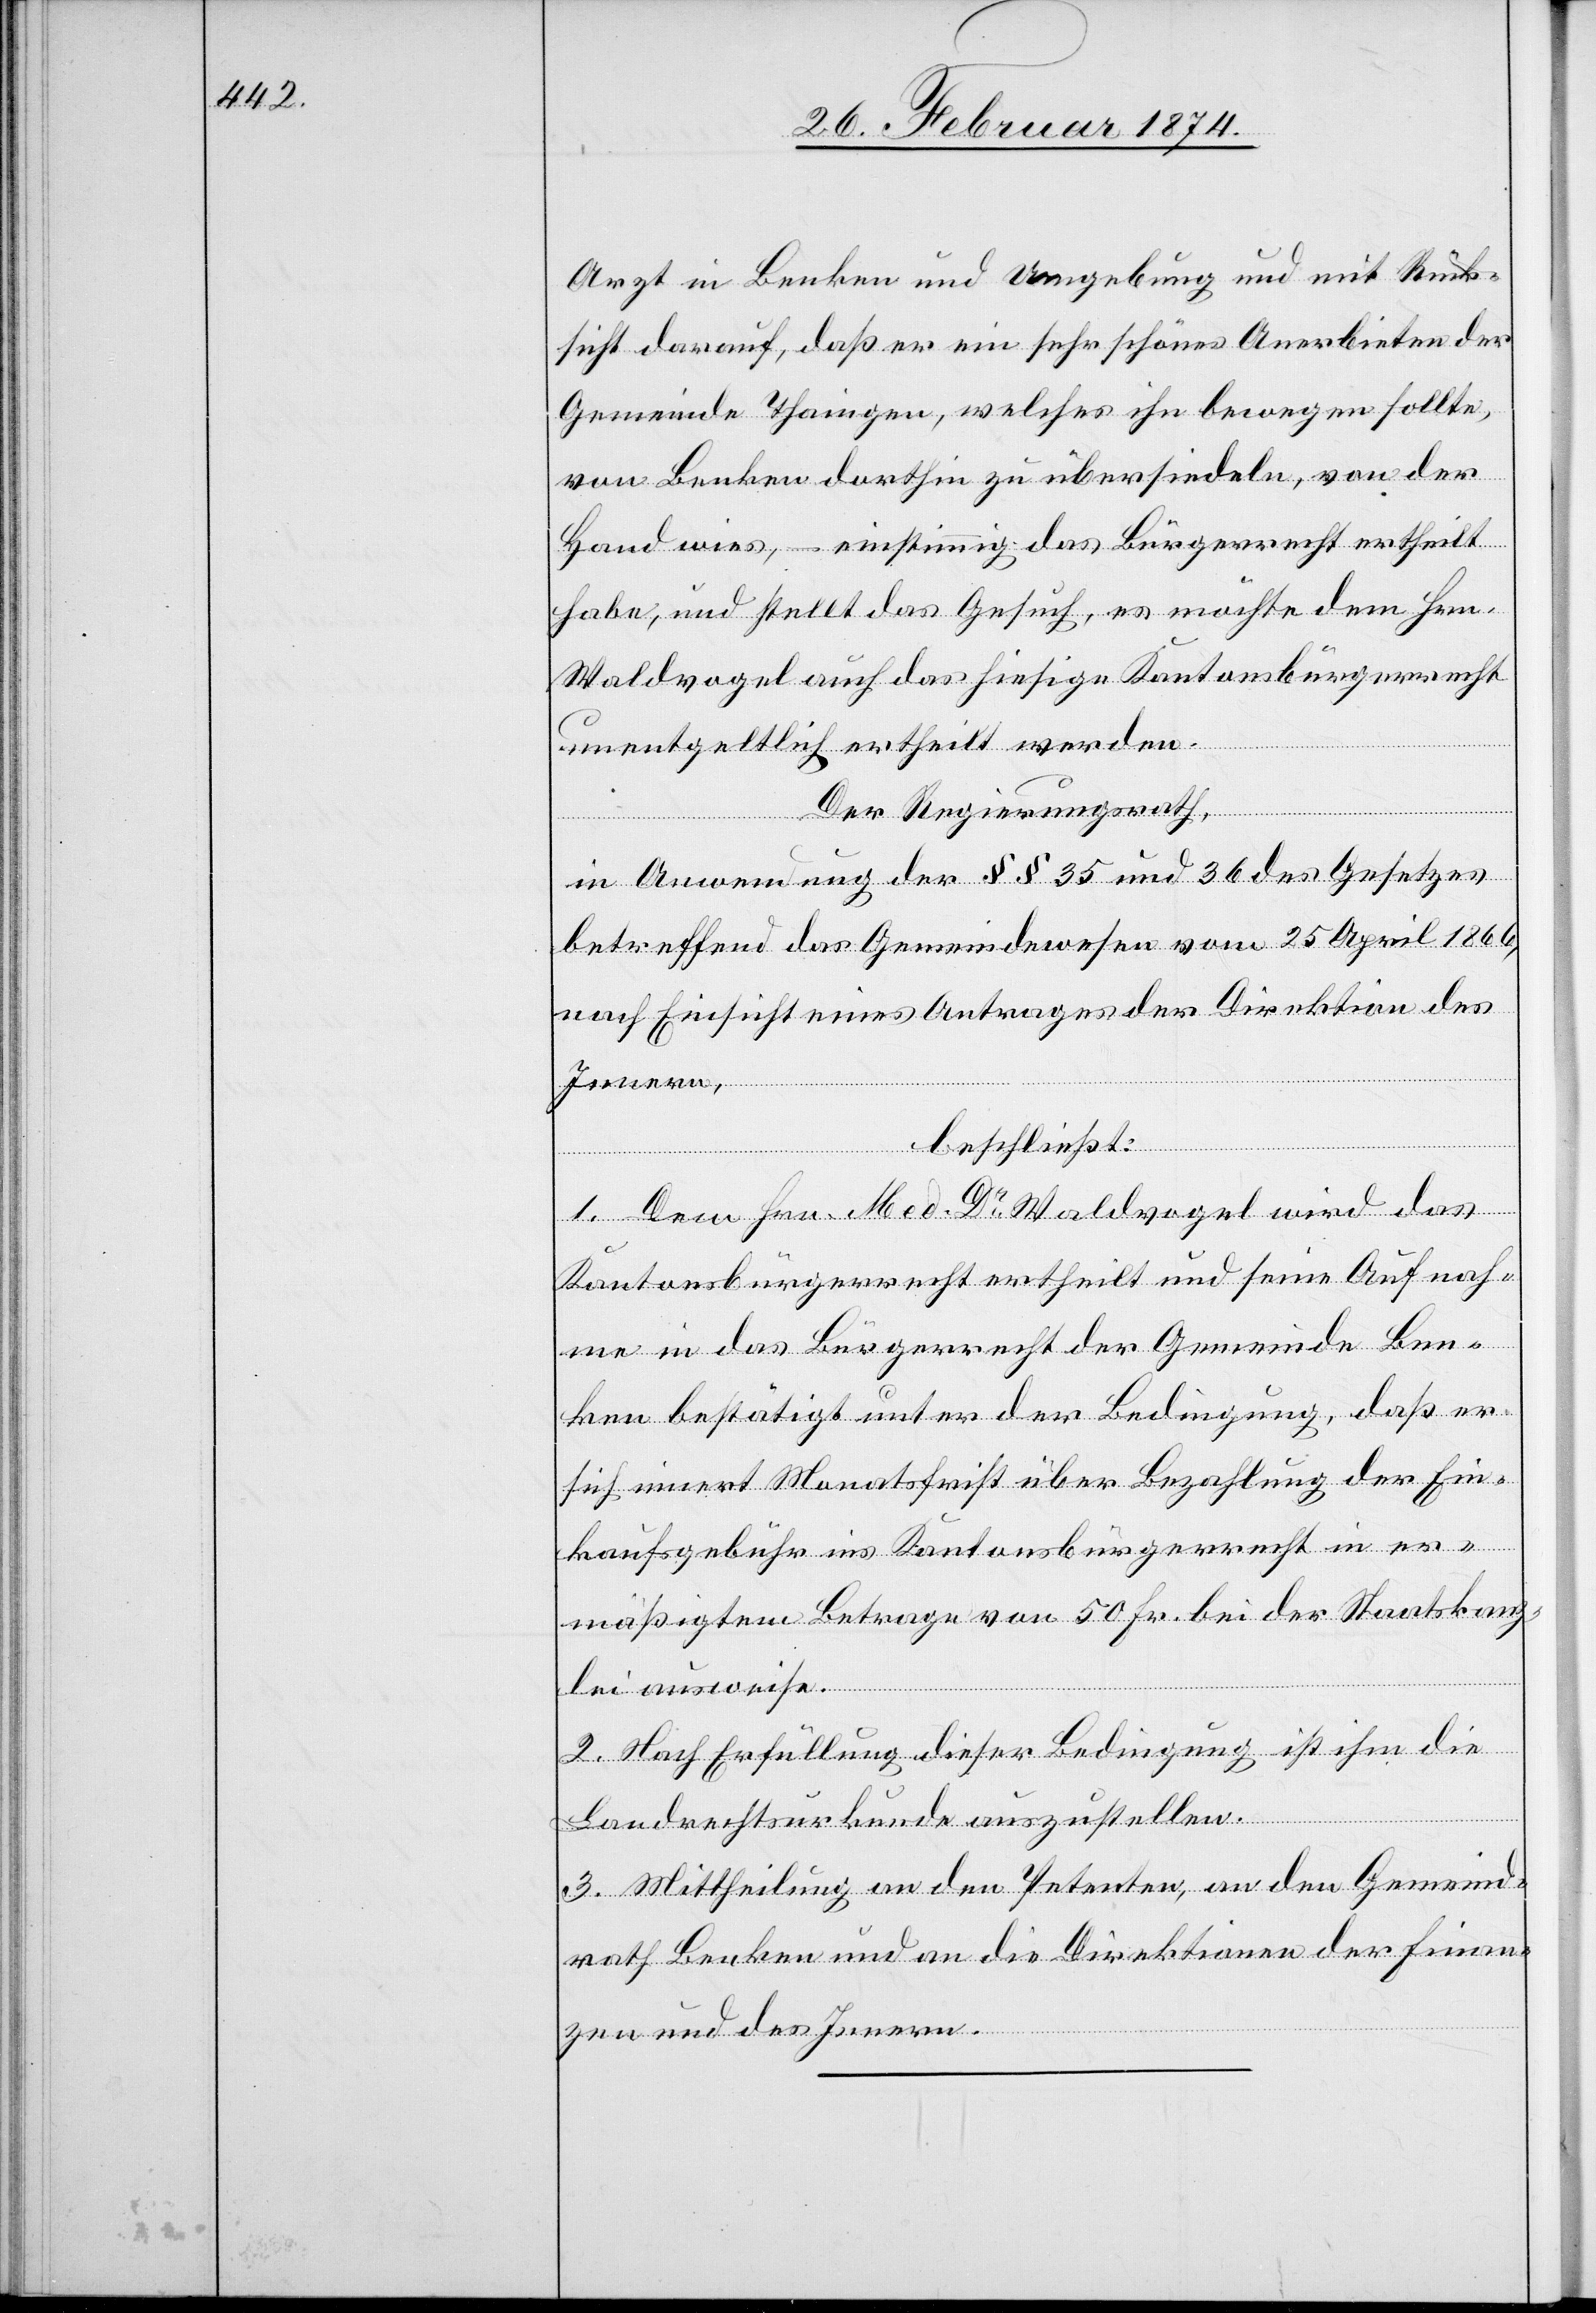
Arzt in Benken und Umgebung und mit Rück¬
sicht darauf, daß er ein sehr schönes Anerbieten der
Gemeinde Thaingen, welches ihn bewegen sollte,
von Benken dorthin zu übersiedeln, von der
Hand wies, – einstimmig das Bürgerrecht ertheilt
habe, und stellt das Gesuch, es möchte dem Hrn.
Waldvogel auch das hiesige Kantonsbürgerrecht
unentgeltlich ertheilt werden.
Der Regierungsrath,
in Anwendung der §§ 35 und 36 des Gesetzes
betreffend das Gemeindwesen vom 25. April 1866,
nach Einsicht eines Antrages der Direktion des
Innern,
beschließt:
1. Dem Hrn. Med. Dr. Waldvogel wird das
Kantonsbürgerrecht ertheilt und seine Aufnah¬
me in das Bürgerrecht der Gemeinde Ben¬
ken bestätigt unter der Bedingung, daß er
sich innert Monatsfrist über Bezahlung der Ein¬
kaufsgebühr ins Kantonsbürgerrecht in er¬
mäßigtem Betrage von 50 Fr. bei der Staatskanz¬
lei ausweise.
2. Nach Erfüllung dieser Bedingung ist ihm die
Landrechtsurkunde auszustellen.
3. Mittheilung an den Petenten, an den Gemeind¬
rath Benken und an die Direktionen der Finan¬
zen und des Innern.